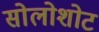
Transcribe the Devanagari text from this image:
सोलोशोट